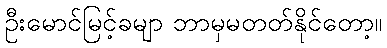
ဦးမောင်မြင့်ခမျာ ဘာမှမတတ်နိုင်တော့။